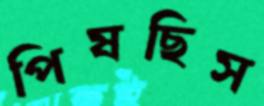
পিষছিস